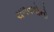
ચળવળોનો